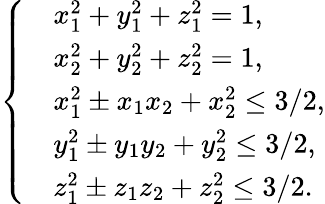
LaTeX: \left\{ \begin{array}{rl}&{x_{1}^{2}+y_{1}^{2}+z_{1}^{2}=1,}\\ &{x_{2}^{2}+y_{2}^{2}+z_{2}^{2}=1,}\\ &{x_{1}^{2}\pm x_{1}x_{2}+x_{2}^{2}\leq 3/2,}\\ &{y_{1}^{2}\pm y_{1}y_{2}+y_{2}^{2}\leq 3/2,}\\ &{z_{1}^{2}\pm z_{1}z_{2}+z_{2}^{2}\leq 3/2.}\end{array}\right.